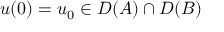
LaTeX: u ( 0 ) = u _ { 0 } \in D ( A ) \cap D ( B )